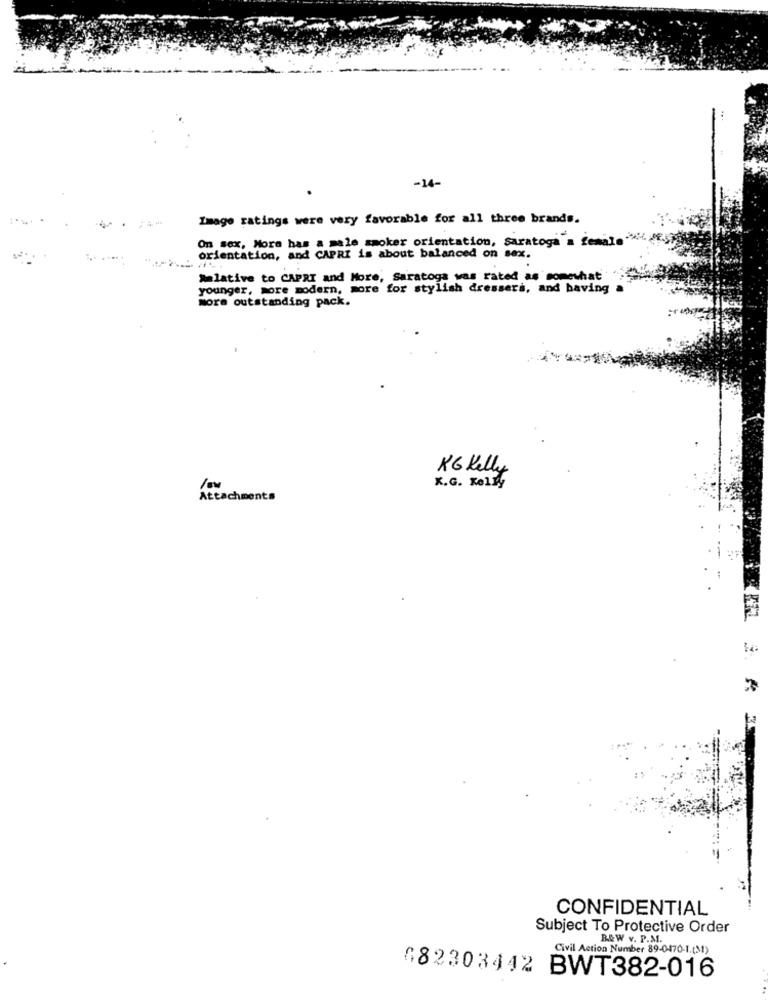
-14-
Image ratings were very favorable for all three brands.
On sex, Mora has a male smoker orientation, Saratoga a female"
orientation, and CAPRI is about balanced on sex.
Aelative to CAPRI and More, Saratoga was rated as somewhat
younger, more modern, more for stylish dressera, and baving
more outstanding pack.
KG Kelly
X.G. Kelly
Attachments
2
CONFIDENTIAL
Subject To Protective Order
B&W v. P.M.
Civil Action Number 89-0470-1.(31)
082303442 BWT382-016